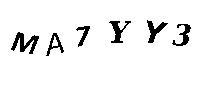
MA7YY3